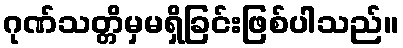
ဂုဏ်သတ္တိမှမရှိခြင်းဖြစ်ပါသည်။